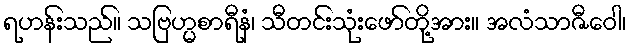
ရဟန်းသည်။ သဗြဟ္မစာရီနံ၊ သီတင်းသုံးဖော်တို့အား။ အလံသာဇီဝေါ၊